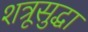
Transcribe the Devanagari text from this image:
शत्रूसुद्धा